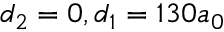
d _ { 2 } = 0 , d _ { 1 } = 1 3 0 a _ { 0 }